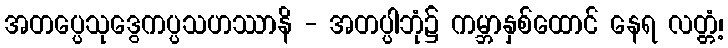
အတပ္ပေသုဒွေကပ္ပသဟဿာနိ - အတပ္ပါဘုံ၌ ကမ္ဘာနှစ်ထောင် နေရ လတ္တံ့၊